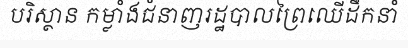
បរិស្ថាន កម្លាំងជំនាញរដ្ឋបាលព្រៃឈើដឹកនាំ